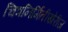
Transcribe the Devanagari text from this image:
चित्रनिर्मितीखेरीज